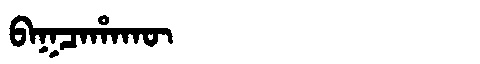
Manchu: ᠪᠠᡴᠴᠠᡥᠠᡴᡡ
Romanization: BAKCAHAKŪ